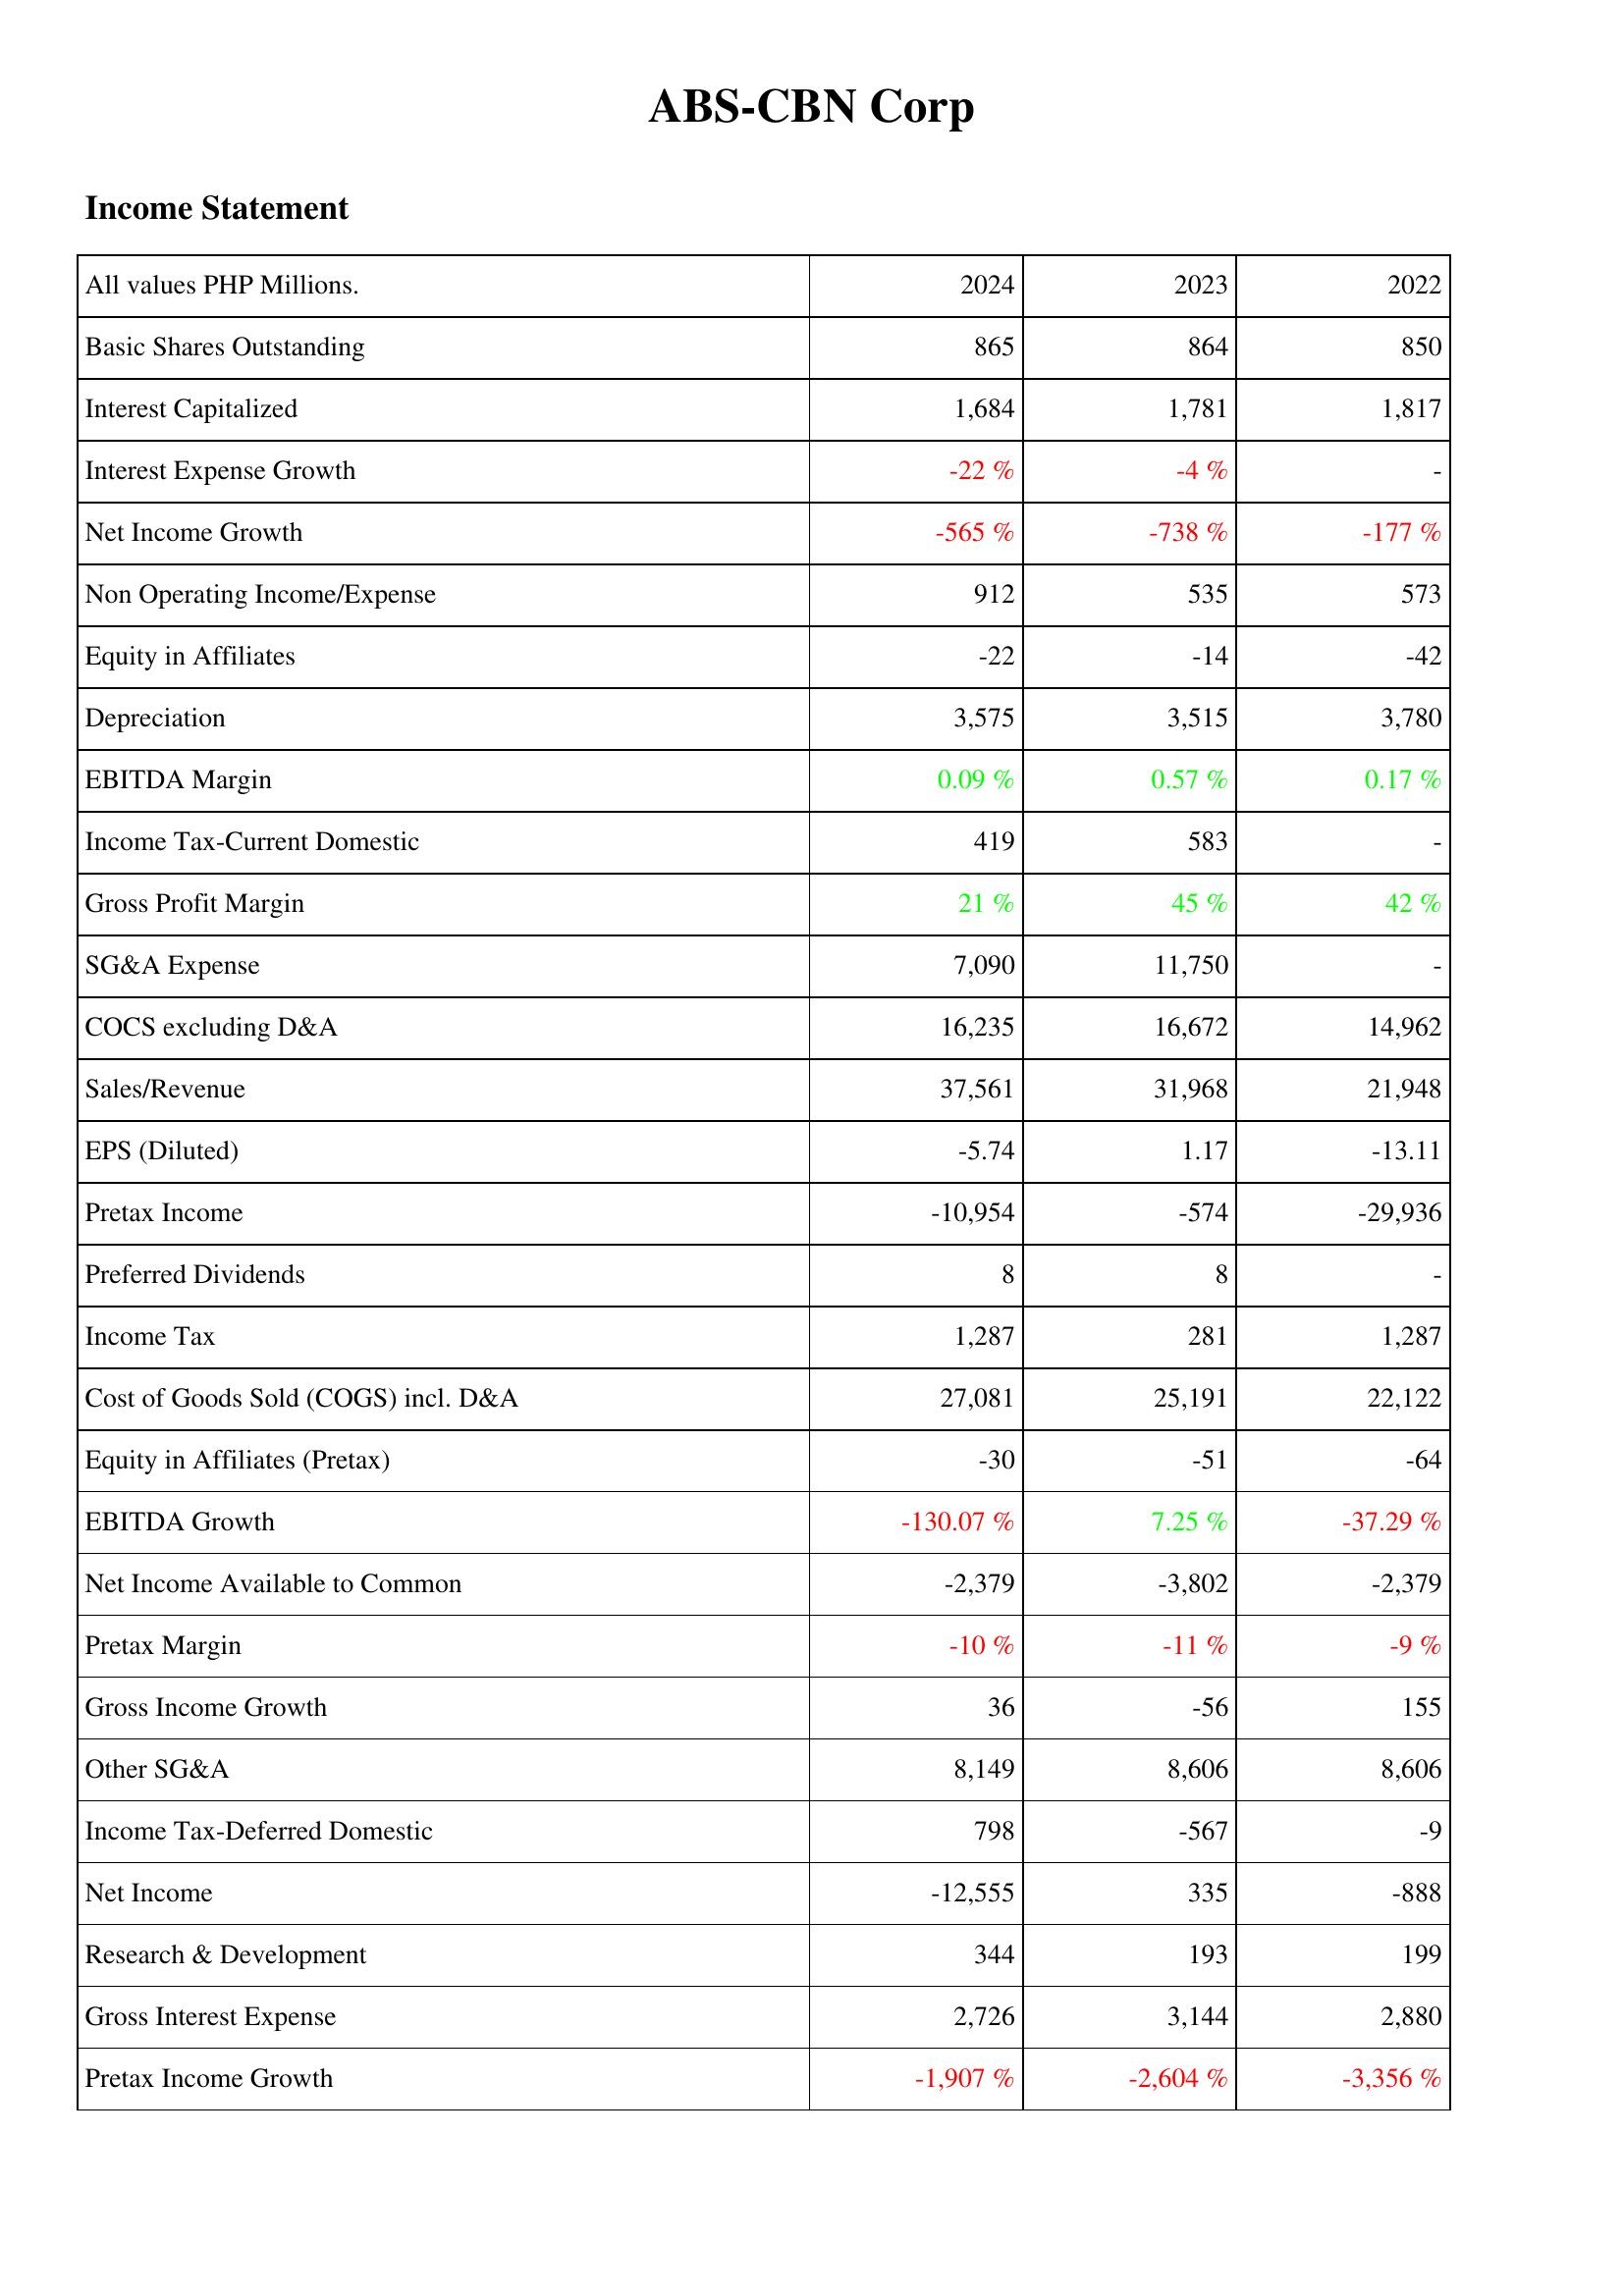
2024: Income Statement: Basic Shares Outstanding: 865
Interest Capitalized: 1,684
Interest Expense Growth: -22 %
Net Income Growth: -565 %
Non Operating Income/Expense: 912
Equity in Affiliates: -22
Depreciation: 3,575
EBITDA Margin: 0.09 %
Income Tax-Current Domestic: 419
Gross Profit Margin: 21 %
SG&A Expense: 7,090
COCS excluding D&A: 16,235
Sales/Revenue: 37,561
EPS (Diluted): -5.74
Pretax Income: -10,954
Preferred Dividends: 8
Income Tax: 1,287
Cost of Goods Sold (COGS) incl. D&A: 27,081
Equity in Affiliates (Pretax): -30
EBITDA Growth: -130.07 %
Net Income Available to Common: -2,379
Pretax Margin: -10 %
Gross Income Growth: 36
Other SG&A: 8,149
Income Tax-Deferred Domestic: 798
Net Income: -12,555
Research & Development: 344
Gross Interest Expense: 2,726
Pretax Income Growth: -1,907 %
2023: Income Statement: Basic Shares Outstanding: 864
Interest Capitalized: 1,781
Interest Expense Growth: -4 %
Net Income Growth: -738 %
Non Operating Income/Expense: 535
Equity in Affiliates: -14
Depreciation: 3,515
EBITDA Margin: 0.57 %
Income Tax-Current Domestic: 583
Gross Profit Margin: 45 %
SG&A Expense: 11,750
COCS excluding D&A: 16,672
Sales/Revenue: 31,968
EPS (Diluted): 1.17
Pretax Income: -574
Preferred Dividends: 8
Income Tax: 281
Cost of Goods Sold (COGS) incl. D&A: 25,191
Equity in Affiliates (Pretax): -51
EBITDA Growth: 7.25 %
Net Income Available to Common: -3,802
Pretax Margin: -11 %
Gross Income Growth: -56
Other SG&A: 8,606
Income Tax-Deferred Domestic: -567
Net Income: 335
Research & Development: 193
Gross Interest Expense: 3,144
Pretax Income Growth: -2,604 %
2022: Income Statement: Basic Shares Outstanding: 850
Interest Capitalized: 1,817
Interest Expense Growth: -
Net Income Growth: -177 %
Non Operating Income/Expense: 573
Equity in Affiliates: -42
Depreciation: 3,780
EBITDA Margin: 0.17 %
Income Tax-Current Domestic: -
Gross Profit Margin: 42 %
SG&A Expense: -
COCS excluding D&A: 14,962
Sales/Revenue: 21,948
EPS (Diluted): -13.11
Pretax Income: -29,936
Preferred Dividends: -
Income Tax: 1,287
Cost of Goods Sold (COGS) incl. D&A: 22,122
Equity in Affiliates (Pretax): -64
EBITDA Growth: -37.29 %
Net Income Available to Common: -2,379
Pretax Margin: -9 %
Gross Income Growth: 155
Other SG&A: 8,606
Income Tax-Deferred Domestic: -9
Net Income: -888
Research & Development: 199
Gross Interest Expense: 2,880
Pretax Income Growth: -3,356 %